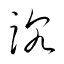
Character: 沉